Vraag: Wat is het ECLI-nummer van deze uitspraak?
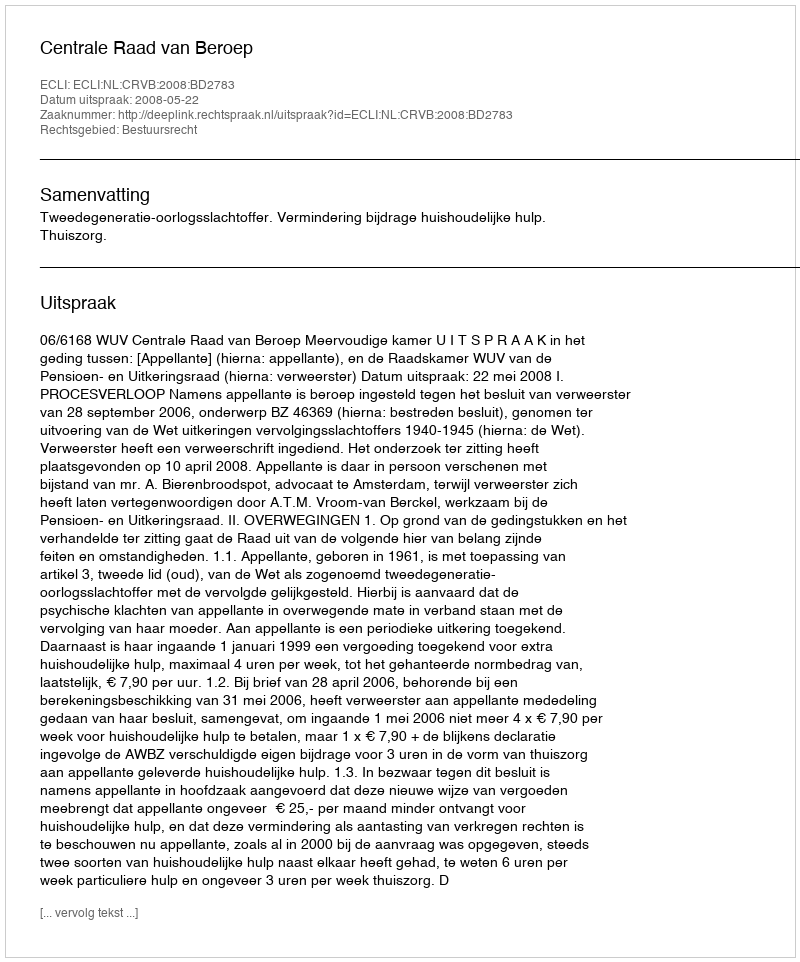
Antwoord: ECLI:NL:CRVB:2008:BD2783